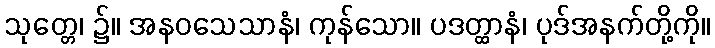
သုတ္တေ၊ ၌။ အနဝသေသာနံ၊ ကုန်သော။ ပဒတ္ထာနံ၊ ပုဒ်အနက်တို့ကို။